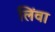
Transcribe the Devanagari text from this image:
लिंवा